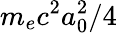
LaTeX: m_{e}c^{2}a_{0}^{2}/4